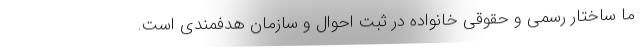
ما ساختار رسمی و حقوقی خانواده در ثبت احوال و سازمان هدفمندی است.